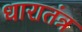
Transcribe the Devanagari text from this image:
धारातंत्र